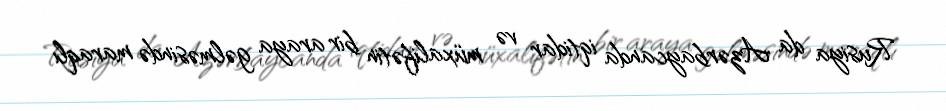
Rusiya da Azərbaycanda iqtidar və müxalifətin bir araya gəlməsində maraqlı